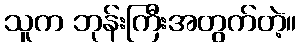
သူက ဘုန်းကြီးအတွက်တဲ့။